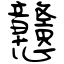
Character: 戇